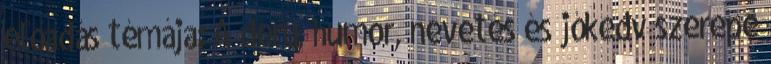
előadás témája: A derű, humor, nevetés és jókedv szerepe